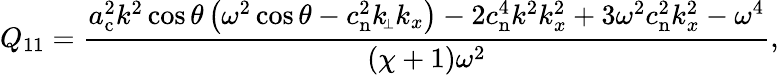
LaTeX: Q_{11}=\frac{a_{\mathrm{c}}^{2}k^{2}\cos\theta\left(\omega^{2}\cos\theta-c_{\mathrm{n}}^{2}k_{\scriptscriptstyle\! \perp}k_{x}\right)-2c_{\mathrm{n}}^{4}k^{2}k_{x}^{2}+3\omega^{2}c_{\mathrm{n}}^{2}k_{x}^{2}-\omega^{4}}{(\chi+1)\omega^{2}},